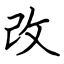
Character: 改